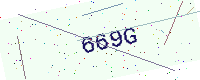
Text: 669G